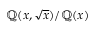
\mathbb { Q } ( x , { \sqrt { x } } ) / \mathbb { Q } ( x )